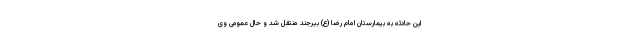
این حادثه به بیمارستان امام رضا (ع) بیرجند منتقل شد و حال عمومی وی